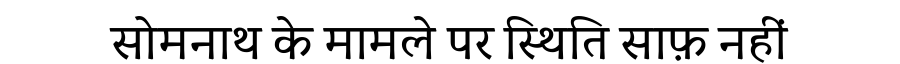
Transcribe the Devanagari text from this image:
सोमनाथ के मामले पर स्थिति साफ़ नहीं